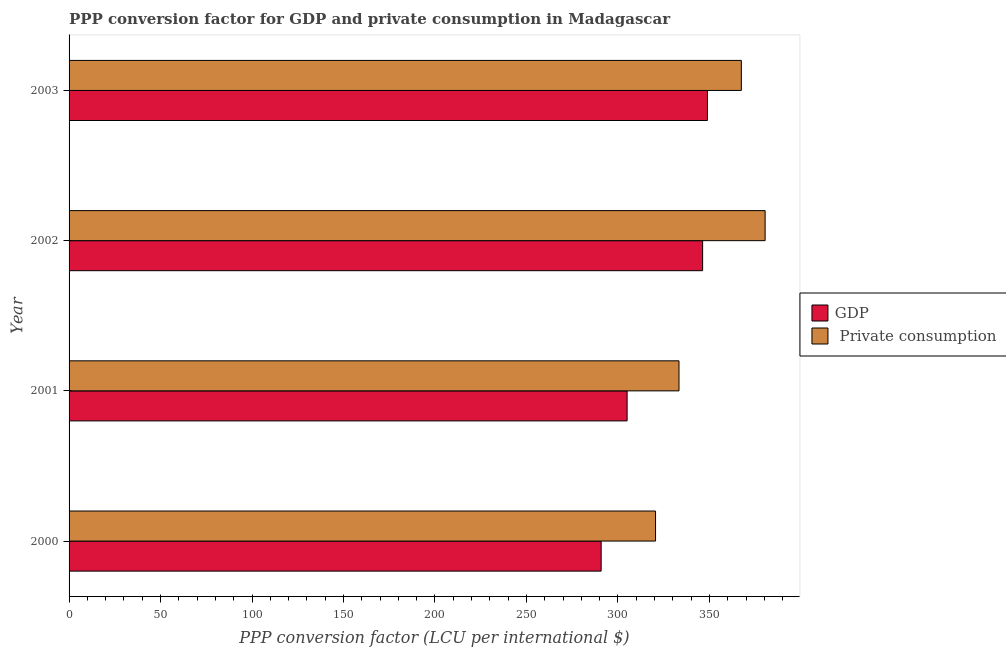
| Year | GDP |  Private consumption |
 | --- | --- | --- |
 | 2000 | 291 | 321 |
 | 2001 | 305 | 333 |
 | 2002 | 346 | 380 |
 | 2003 | 349 | 367 |